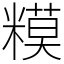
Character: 糢